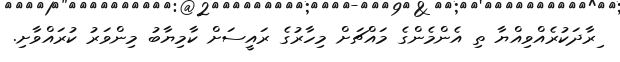
ިރާދަކުރެއްވިއްޔާ ތި އެންމެންގެ މައްޗަށް މިހާރުގެ ރައީސަށް ކާމިޔާބު މިންވަރު ކުރައްވާށި.